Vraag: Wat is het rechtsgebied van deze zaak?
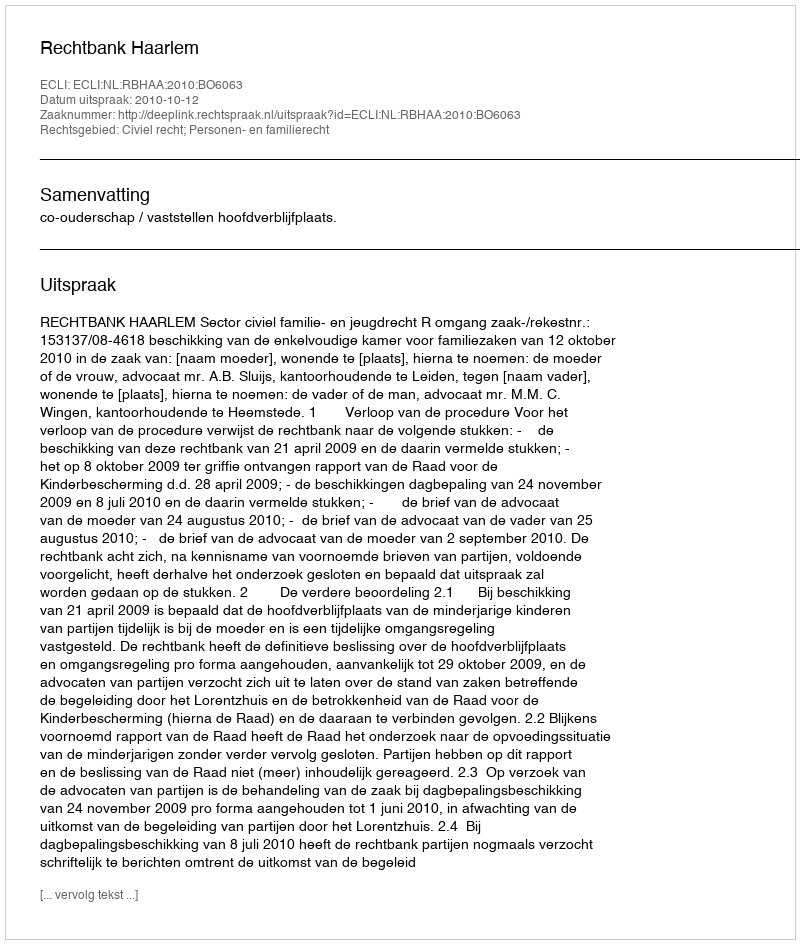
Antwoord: Civiel recht; Personen- en familierecht